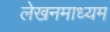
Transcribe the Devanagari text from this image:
लेखनमाध्यम